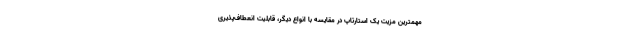
مهمترین مزیت یک استارتاپ در مقایسه با انواع دیگر، قابلیت انعطاف‌پذیری